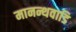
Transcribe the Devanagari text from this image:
मानन्थवाडि